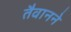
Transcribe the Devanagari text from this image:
तैवानने